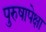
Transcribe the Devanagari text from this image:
पुरुषापेक्षा